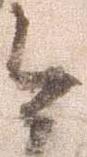
今